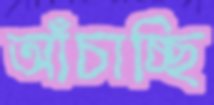
আঁচাচ্ছি